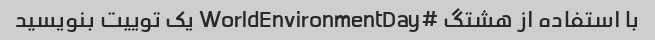
با استفاده از هشتگ #WorldEnvironmentDay یک توییت بنویسید